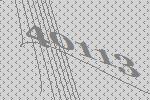
40113